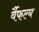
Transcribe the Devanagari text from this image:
र्वैफल्य